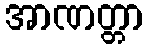
အာဏတ္တာ